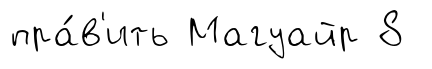
пра́в'ить Магуайр 8